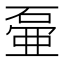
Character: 𱴕